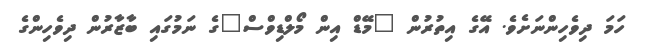
ހަމަ ދިވެހިންނަށެވެ. އޭގެ އިތުރުން "މޭޑް އިން މޯލްޑިވްސް"ގެ ނަމުގައި ބާޒާރުން ދިވެހިންގެ